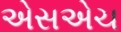
એસએચ